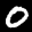
Label: 0